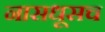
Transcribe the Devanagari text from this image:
नासधूसच